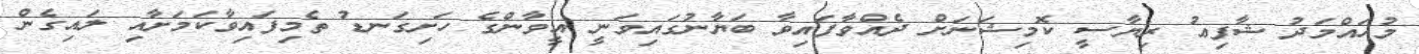
މުހައްމަދު ޝާފިޢު ރިޔާސީ ކޮމިޝަނަށް ދެއްވާފައިވާ ބަޔާނުގައިވަނީ އީވާންގެ ހަށިގަނޑު ތެމިފައިވާކަމަށާއި ލައިގެން